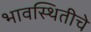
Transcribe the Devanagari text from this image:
भावस्थितीचे